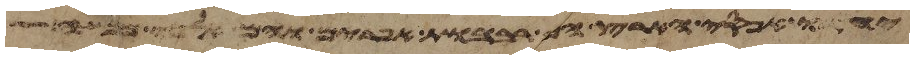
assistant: יחדו אפסי הארץ הם רבבות אפרים והם אלפי מנשה